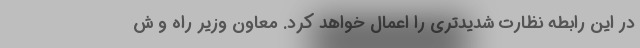
در این رابطه نظارت شدیدتری را اعمال خواهد کرد. معاون وزیر راه و ش